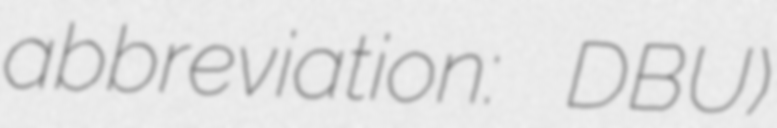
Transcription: abbreviation: DBU)